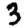
Digit: 3